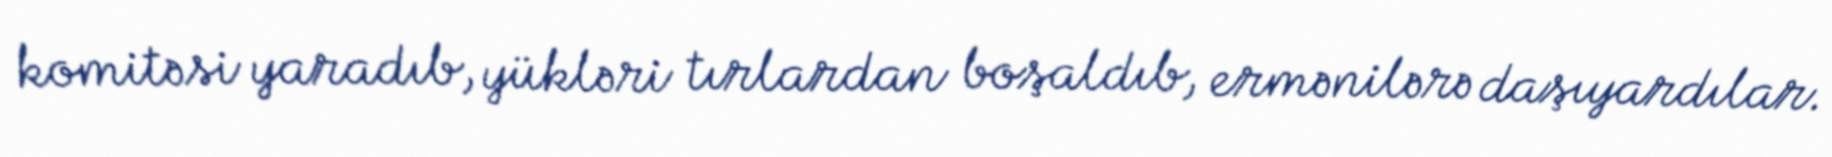
komitəsi yaradıb, yükləri tırlardan boşaldıb, ermənilərə daşıyardılar.